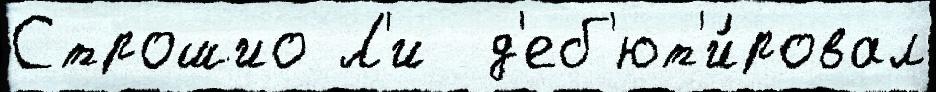
Строшио Л'и  д'еб'ют'и́ровал